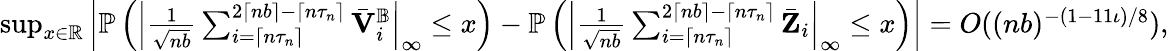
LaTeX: \begin{array}{r}{\operatorname*{sup}_{x\in\mathbb{R}}\left|\mathbb{P}\left(\left|\frac{1}{\sqrt{nb}}\sum_{i=\lceil n\tau_{n}\rceil}^{2\lceil nb\rceil-\lceil n\tau_{n}\rceil}\bar{\mathbf V}_{i}^{\mathbb{B}}\right|_{\infty}\leq x\right)-\mathbb{P}\left(\left|\frac{1}{\sqrt{nb}}\sum_{i=\lceil n\tau_{n}\rceil}^{2\lceil nb\rceil-\lceil n\tau_{n}\rceil}\bar{\mathbf Z}_{i}\right|_{\infty}\leq x\right)\right|=O((nb)^{-(1-11\iota)/8}),}\end{array}